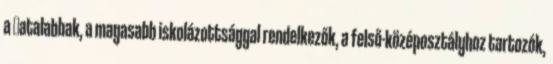
a ﬁatalabbak, a magasabb iskolázottsággal rendelkezők, a felső-középosztályhoz tartozók,